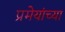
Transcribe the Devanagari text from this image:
प्रमेयांच्या